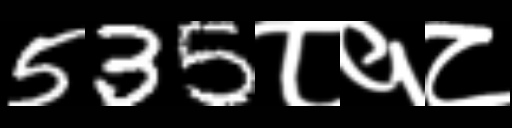
Text: 535८१८